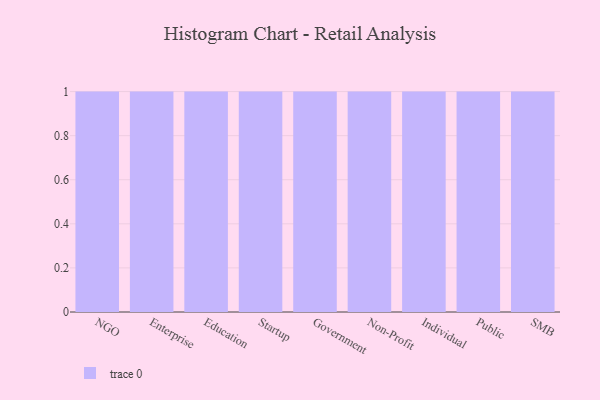
{"axis": {"x": "Segment", "y": "Net Income (USD K)"}, "legend": [""], "data": [{"x": "NGO", "y": 40, "type": ""}, {"x": "Enterprise", "y": 93, "type": ""}, {"x": "Education", "y": 66, "type": ""}, {"x": "Startup", "y": 50, "type": ""}, {"x": "Government", "y": 86, "type": ""}, {"x": "Non-Profit", "y": 7, "type": ""}, {"x": "Individual", "y": 100, "type": ""}, {"x": "Public", "y": 72, "type": ""}, {"x": "SMB", "y": 62, "type": ""}]}